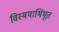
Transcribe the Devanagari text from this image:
विस्मयाभिभूत